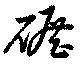
碾